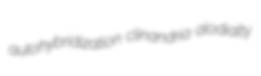
autohybridization clinandria alodialty